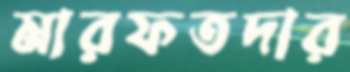
মারফতদার